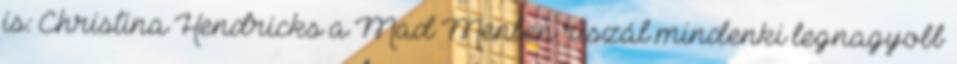
is: Christina Hendricks a Mad Menben riszál mindenki legnagyobb